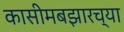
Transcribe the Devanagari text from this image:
कासीमबझारच्या